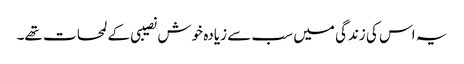
یہ اس کی زندگی میں سب سے زیادہ خوش نصیبی کے لمحات تھے۔